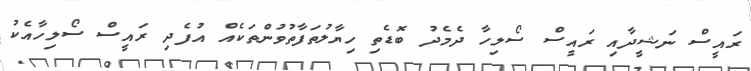
ރައީސް ނަޝީދާއި ރައީސް ސޯލިހާ ދެމެދު ބޮޑެތި ހިޔާލުތަފާތުވުންތަކެއް އުފެދި ރައީސް ސޯލިހާއެކު